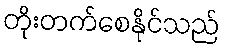
တိုးတက်စေနိုင်သည်